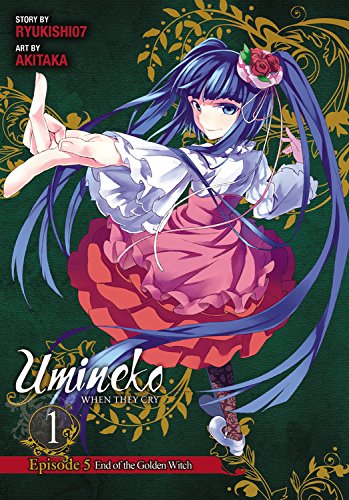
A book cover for Umineko WHEN THEY CRY Episode 5: End of the Golden Witch, Vol. 1; Ryukishi07; Comics & Graphic Novels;